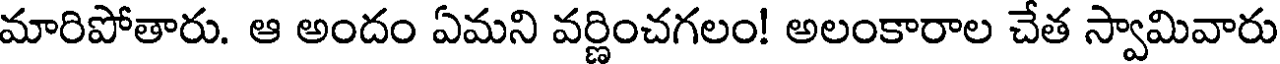
మారిపోతారు. ఆ అందం ఏమని వర్ణించగలం! అలంకారాల చేత స్వామివారు